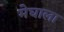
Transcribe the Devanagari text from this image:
मेघाला